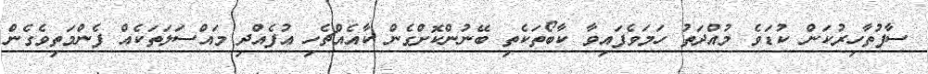
ސާފުތާހިރުކަން ކުޑަވެ މުއްދަތު ހަމަވެފައިވާ ކާބޯތަކެތި ބޭނުންކޮށްގެން ކާއެއްޗެހި އުފެއްދި މައްސަލަތަކެއް ފެންމަތިވެގެން